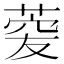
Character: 𦴯